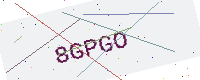
Text: 8GPGO